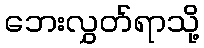
ဘေးလွှတ်ရာသို့